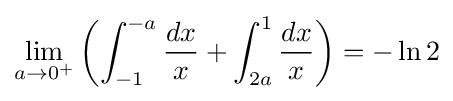
\lim _{a\to 0^{+}}\left(\int _{-1}^{-a}{\frac {dx}{x}}+\int _{2a}^{1}{\frac {dx}{x}}\right)=-\ln 2